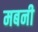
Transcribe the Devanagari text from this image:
मबनी